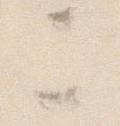
ニ